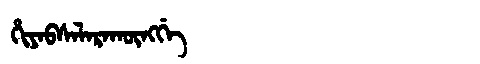
Manchu: ᡥᡳᠶᠠᠪᠰᠠᠯᠠᡵᠠᡴᡡᠩᡤᡝ
Romanization: HIYABSALARAKŪNGGE